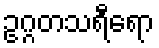
ဥဂ္ဂတသရီရော